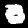
Label: 0